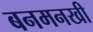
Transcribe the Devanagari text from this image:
बनमनखी